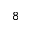
^ 8